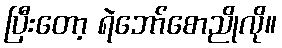
ပြီးတော့ ရဲဘော်စောညိုလို။